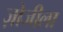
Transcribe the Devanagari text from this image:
ज़ोजीला